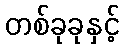
တစ်ခုခုနှင့်